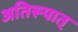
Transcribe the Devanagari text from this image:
अतिरूपात्